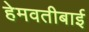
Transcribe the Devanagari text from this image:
हेमवतीबाई